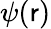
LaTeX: \psi(\mathsf{r})